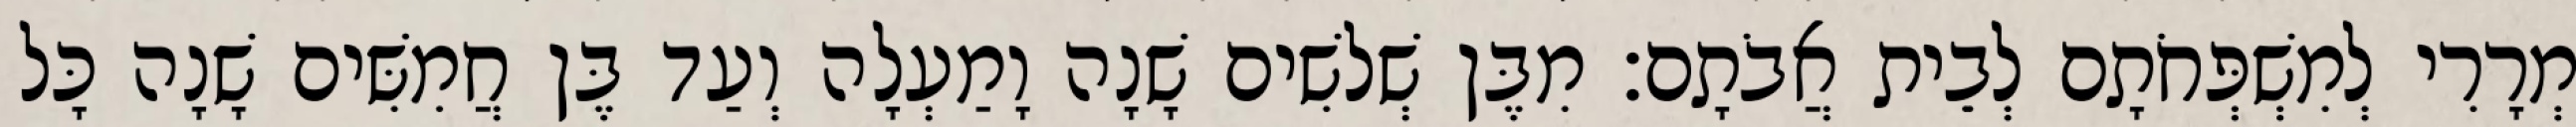
מְרָרִי לְמִשְׁפְּחֹתָם לְבֵית אֲבֹתָם׃ מִבֶּן שְׁלשִׁים שָׁנָה וָמַעְלָה וְעַד בֶּן חֲמִשִּׁים שָׁנָה כָּל